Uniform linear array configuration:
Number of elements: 24
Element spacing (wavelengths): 1
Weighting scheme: kaiser
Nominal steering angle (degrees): -45
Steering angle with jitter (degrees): -44.153
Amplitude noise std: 0.05
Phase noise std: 0.05

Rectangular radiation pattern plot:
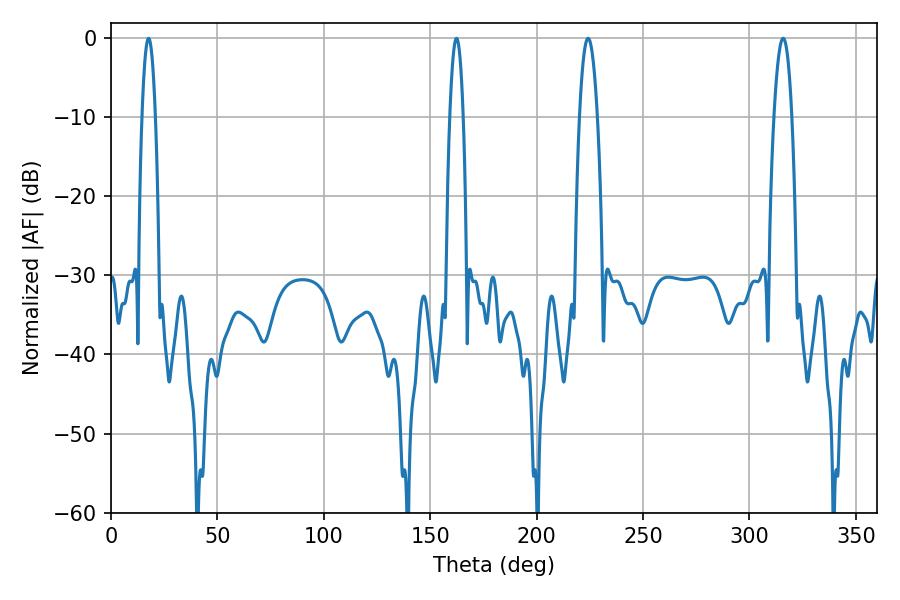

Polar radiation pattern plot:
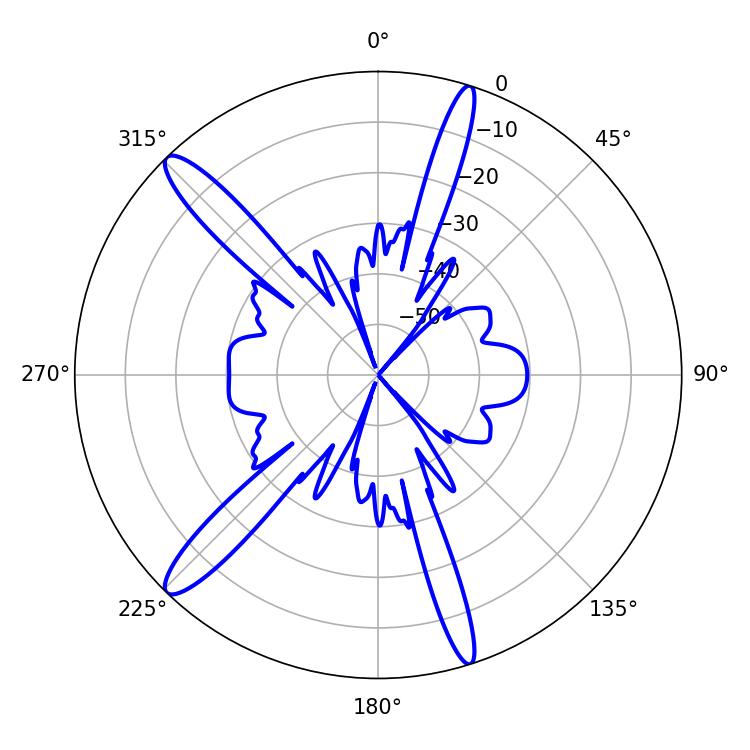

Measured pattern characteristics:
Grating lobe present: TRUE
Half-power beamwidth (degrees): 3.42
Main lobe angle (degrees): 17.64